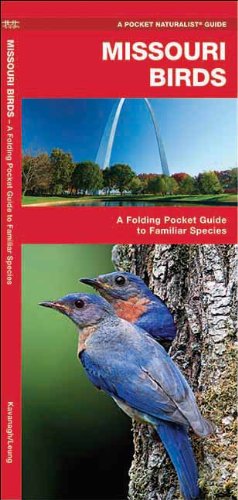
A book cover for Missouri Birds: A Folding Pocket Guide to Familiar Species (Pocket Naturalist Guide Series); James Kavanagh; Travel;